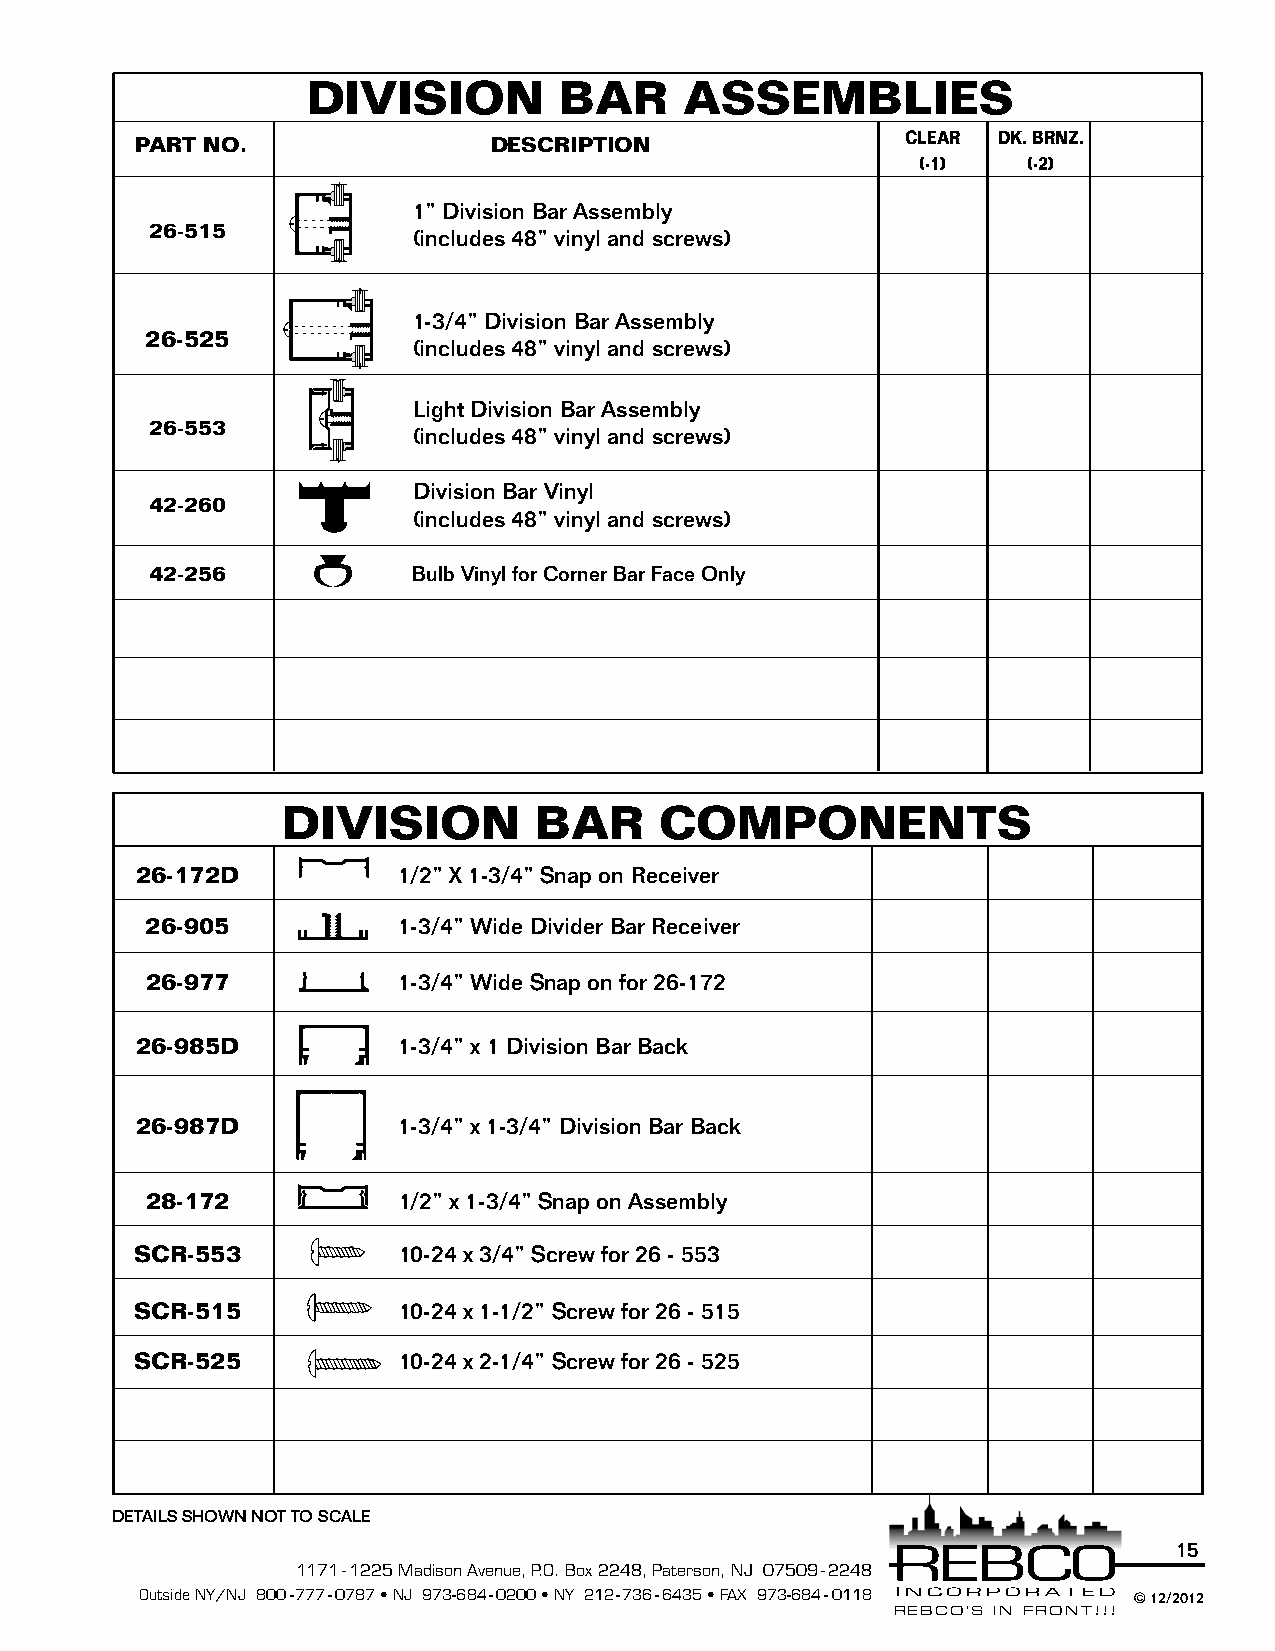
DIVISION         BAR     ASSEMBLIES
 PART NO.               DESCRIPTION                 CLEAR DK. BRNZ.
 (-1)   (-2)
 1” Division Bar Assembly
 26-515
 (includes 48” vinyl and screws)
 1-3/4” Division Bar Assembly
 26-525
 (includes 48” vinyl and screws)
 Light Division Bar Assembly
 26-553
 (includes 48” vinyl and screws)
 Division Bar Vinyl
 42-260
 (includes 48” vinyl and screws)
 42-256           Bulb Vinyl for Corner Bar Face Only
 DIVISION        BAR      COMPONENTS
 26-172D          1/2” X 1-3/4” Snap on Receiver
 26-905          1-3/4” Wide Divider Bar Receiver
 26-977          1-3/4” Wide Snap on for 26-172
 26-985D          1-3/4” x 1 Division Bar Back
 26-987D          1-3/4” x 1-3/4” Division Bar Back
 28-172          1/2” x 1-3/4” Snap on Assembly
 SCR-553          10-24 x 3/4” Screw for 26 - 553
 SCR-515          10-24 x 1-1/2” Screw for 26 - 515
 SCR-525          10-24 x 2-1/4” Screw for 26 - 525
 DETAILS SHOWN NOT TO SCALE
 15
 1171 - 1225 Madison Avenue, P.O. Box 2248, Paterson, NJ 07509 - 2248
 Outside NY/NJ 800-777-0787 • NJ 973-684-0200 • NY 212-736-6435 • FAX 973-684-0118 © 12/2012
 REBCO’S IN FRONT!!!